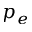
p _ { e }